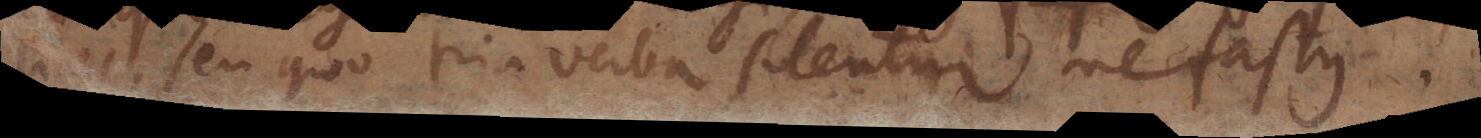
licet, seu quo tria verba silentur nefastus.